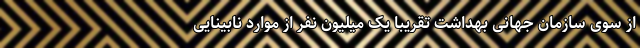
از سوی سازمان جهانی بهداشت تقریبا یک میلیون نفر از موارد نابینایی